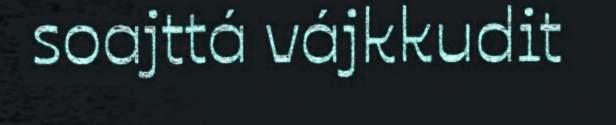
soajttá vájkkudit